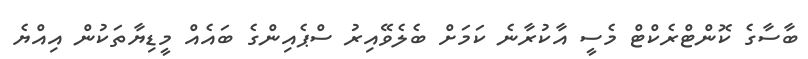
ބާސާގެ ކޮންޓްރެކްޓް މެސީ އާކުރާނެ ކަމަށް ބެލެވޭއިރު ސްޕެއިންގެ ބައެއް މީޑިޔާތަކުން އިއްޔެ